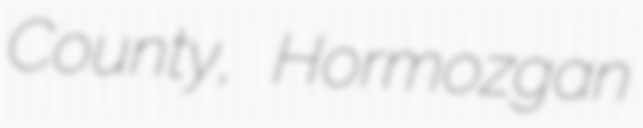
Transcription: County, Hormozgan